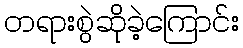
တရားစွဲဆိုခဲ့ကြောင်း